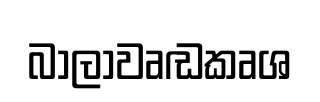
බාලාවෘඬකෘශ